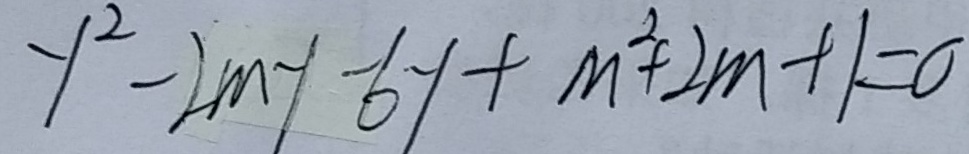
y ^ { 2 } - 2 m y - 6 y + m ^ { 2 } + 2 m + 1 = 0